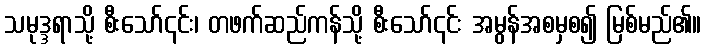
သမုဒ္ဒရာသို့ စီးသော်၎င်း၊ တဖက်ဆည်ကန်သို့ စီးသော်၎င်း အမွန်အစမှစ၍ မြစ်မည်၏။